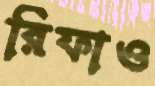
রিফাও